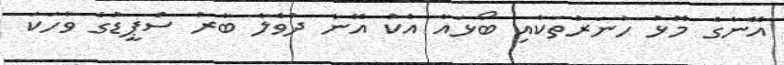
އޭނާގެ މޮޅު ހުނަރުތަކާއި ބޯޅައާ އެކު އޭނާ ދުވެލާ ބާރު ސްޕީޑުގެ ވާހަކަ